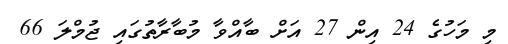
މި މަހުގެ 24 އިން 27 އަށް ބާއްވާ މުބާރާތުގައި ޖުމްލަ 66